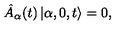
\hat { A } _ { \alpha } ( t ) \left| \alpha , 0 , t \right> = 0 ,